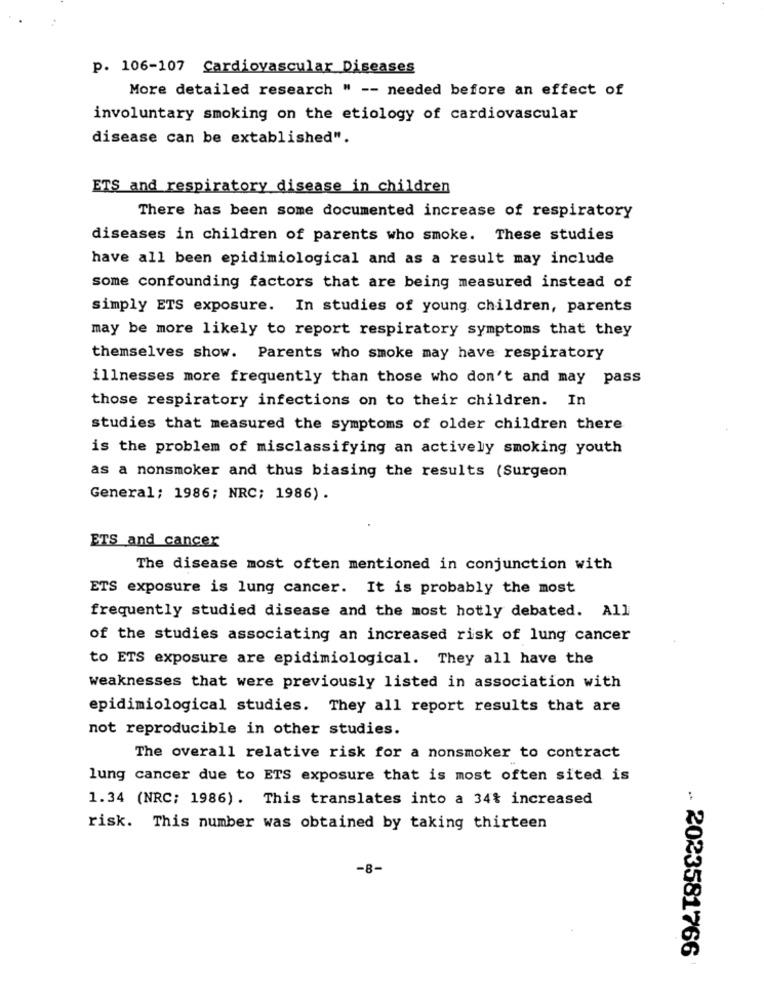
p. 106-107 Cardiovascular Diseases
More detailed research " -- needed before an effect of
involuntary smoking on the etiology of cardiovascular
disease can be extablished".
ETS and respiratory disease in children
There has been some documented increase of respiratory
diseases in children of parents who smoke. These studies
have all been epidimiological and as a result may include
some confounding factors that are being measured instead of
simply ETS exposure. In studies of young children, parents
may be more likely to report respiratory symptoms that they
themselves show. Parents who smoke may have respiratory
illnesses more frequently than those who don't and may pass
those respiratory infections on to their children. In
studies that measured the symptoms of older children there
is the problem of misclassifying an actively smoking youth
as a nonsmoker and thus biasing the results (Surgeon
General; 1986; NRC; 1986).
ETS and cancer
The disease most often mentioned in conjunction with
ETS exposure is lung cancer. It is probably the most
frequently studied disease and the most hotly debated. All
of the studies associating an increased risk of lung cancer
to ETS exposure are epidimiological. They all have the
weaknesses that were previously listed in association with
epidimiological studies. They all report results that are
not reproducible in other studies.
The overall relative risk for a nonsmoker to contract
lung cancer due to ETS exposure that is most often sited is
1.34 (NRC; 1986). This translates into a 34% increased
risk. This number was obtained by taking thirteen
-8-
- 2023581766